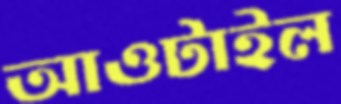
আওটাইল